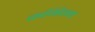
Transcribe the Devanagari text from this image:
कभिन्न